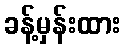
ခန့်မှန်းထား